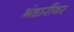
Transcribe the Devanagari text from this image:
भंडारींवर